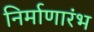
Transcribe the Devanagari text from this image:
निर्माणारंभ